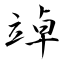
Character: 竨